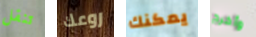
تنقل روعك يمكنك وأخرج